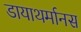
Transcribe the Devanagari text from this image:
डायाथर्मानस